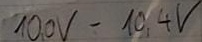
Text: 10,0V-10,4V